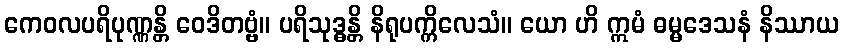
ကေဝလပရိပုဏ္ဏန္တိ ဝေဒိတဗ္ဗံ။ ပရိသုဒ္ဓန္တိ နိရုပက္ကိလေသံ။ ယော ဟိ ဣမံ ဓမ္မဒေသနံ နိဿာယ